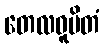
တေလဓူပိတံ